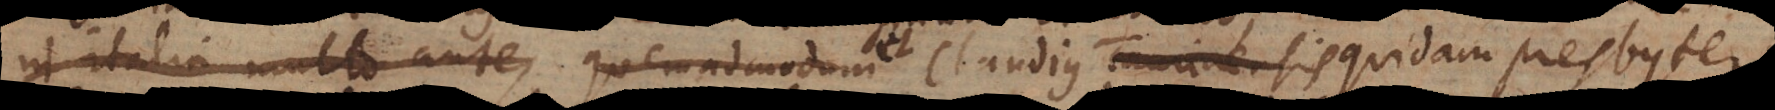
in Italia multo ante, quemadmodum Claudius Taurinensis Episcopus apud